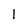
Character: 1